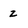
Character: z